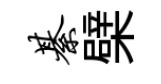
綦檗